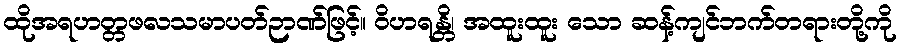
ထိုအရဟတ္တဖလသမာပတ်ဉာဏ်ဖြင့်။ ဝိဟရန္တိ၊ အထူးထူး သော ဆန့်ကျင်ဘက်တရားတို့ကို